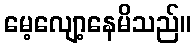
မေ့လျော့နေမိသည်။